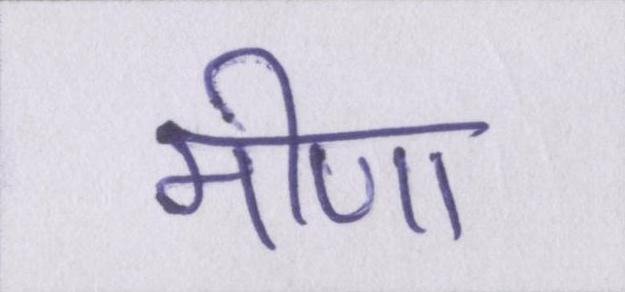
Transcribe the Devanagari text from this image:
मीणा